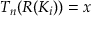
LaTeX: T _ { n } ( R ( K _ { i } ) ) = x